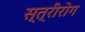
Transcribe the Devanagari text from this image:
स्‍त्रीरोग